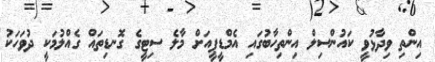
އިންތި ވިދާޅުވީ ކައުންސިލް އިންތިހާބުގައި އެމްޑީޕީއަށް މާލެ ސިޓީގެ ގޮނޑިތައް ގެއްލުމަކީ ދުވަހަކު